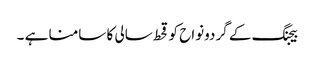
بیجنگ کے گردونواح کو قحط سالی کا سامنا ہے ۔